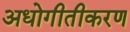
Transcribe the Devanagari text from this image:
अधोगीतीकरण